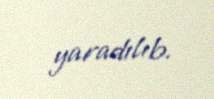
yaradılıb.